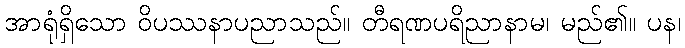
အာရုံရှိသော ဝိပဿနာပညာသည်။ တီရဏပရိညာနာမ၊ မည်၏။ ပန၊